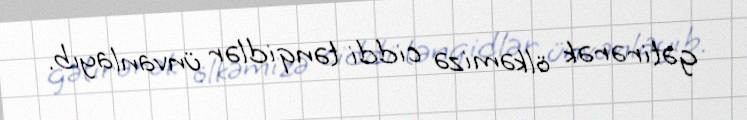
gətirərək ölkəmizə ciddi tənqidlər ünvanlayıb.